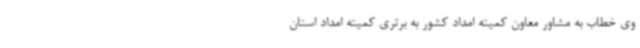
وی خطاب به مشاور معاون کمیته امداد کشور به برتری کمیته امداد استان